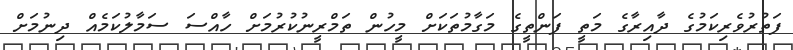
ފަތުރުވެރިކަމުގެ ދާއިރާގެ މަތީ ފަންތީގެ މަގާމުތަކަށް މީހުން ތަމްރީނުކުރުމަށް ހާއްސަ ސަމާލުކަމެއް ދިނުމަށް